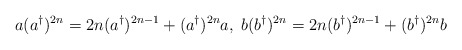
\begin{align*}a(a^{\dagger })^{2n}=2n(a^{\dagger })^{2n-1}+(a^{\dagger})^{2n}a, \; b(b^{\dagger })^{2n}=2n(b^{\dagger })^{2n-1}+(b^{\dagger })^{2n}b\end{align*}